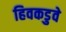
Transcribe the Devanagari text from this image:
हिवकडुवे